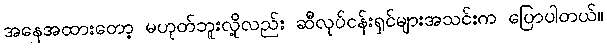
အနေအထားတော့ မဟုတ်ဘူးလို့လည်း ဆီလုပ်ငန်းရှင်များအသင်းက ပြောပါတယ်။